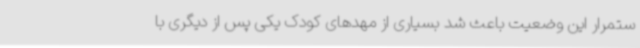
ستمرار این وضعیت باعث شد بسیاری از مهدهای کودک یکی پس از دیگری با